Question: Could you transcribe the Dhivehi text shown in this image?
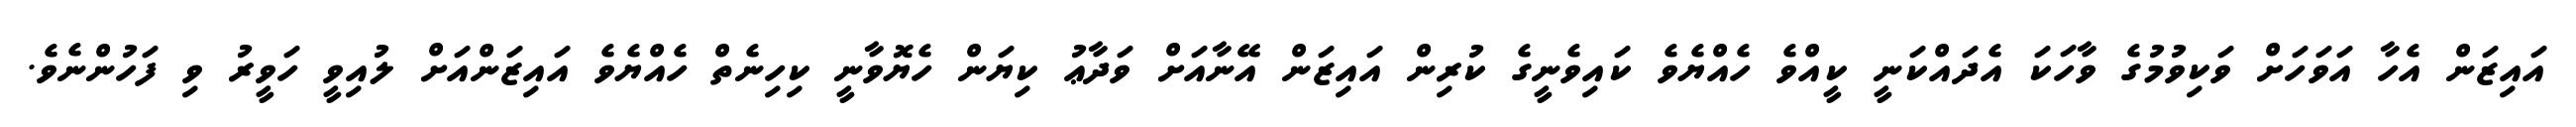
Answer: އައިޒަން އެހާ އަވަހަށް ވަކިވުމުގެ ވާހަކަ އެދައްކަނީ ކީއްވެ ހެއްޔެވެ ކައިވެނީގެ ކުރިން އައިޒަން އޭނާއަށް ވަދާޢު ކިޔަން ހެޔޮވާނީ ކިހިނެތް ހެއްޔެވެ އައިޒަންއަށް ލުއިވީ ހަވީރު ވި ފަހުންނެވެ.